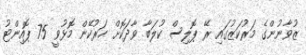
ޒުވާނުންގެ މަރުކަޒުގައި ރޭ ޕޮލިސް ކުލަބާ ވާދަކޮށް ހަރުކޭން މޮޅުވީ 75 ޕޮއިންޓު